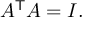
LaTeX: A ^ { \mathsf { T } } A = I .